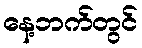
နေ့ဘက်တွင်